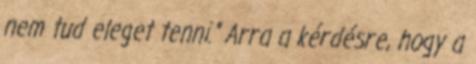
nem tud eleget tenni." Arra a kérdésre, hogy a